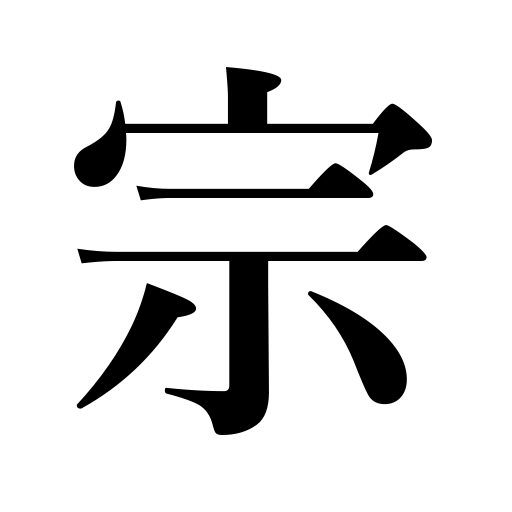
Meanings: denomination,religion,sect